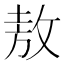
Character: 敖